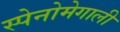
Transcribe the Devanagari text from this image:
स्पेनोमेगाली